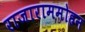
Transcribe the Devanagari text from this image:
राजाराममोहन